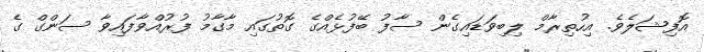
އޮފިޝަލެވެ. އިހުތިރާމް ލިބިވަޑައިގެން ސާފު ބޭފުޅެއްގެ ގޮތުގައި މާގާމު ފުރުއްވާފައިވާ ސަންގް ގެ